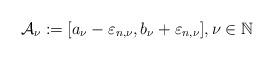
LaTeX: \begin{align*}\mathcal{A}_{\nu}:=[a_{\nu}-\varepsilon_{n,\nu},b_{\nu}+\varepsilon_{n,\nu}],\nu\in\mathbb{N}\end{align*}